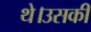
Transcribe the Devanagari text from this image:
थे।उसकी